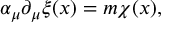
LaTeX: \alpha _ { \mu } \partial _ { \mu } \xi ( x ) = m \chi ( x ) ,